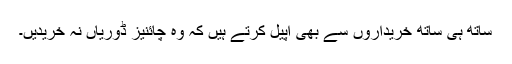
ساتھ ہی ساتھ خریداروں سے بھی اپیل کرتے ہیں کہ وہ چائنیز ڈوریاں نہ خریدیں۔